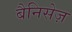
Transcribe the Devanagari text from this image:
बैनिसेज़